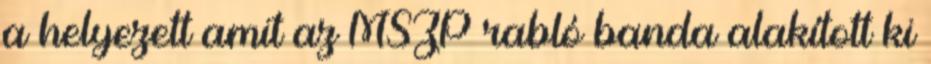
a helyezett amit az MSZP rabló banda alakított ki